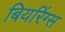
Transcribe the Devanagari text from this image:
बियरिंग्स